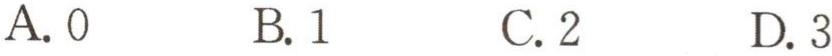
A. \(0\)  B. \(1\)  C. \(2\)  D. \(3\)